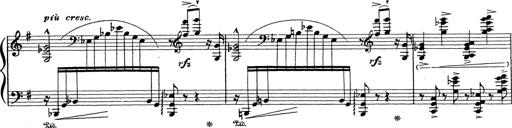
Title: Grosses Konzertsolo
Composer: Franz Liszt